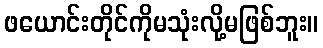
ဖယောင်းတိုင်ကိုမသုံးလို့မဖြစ်ဘူး။